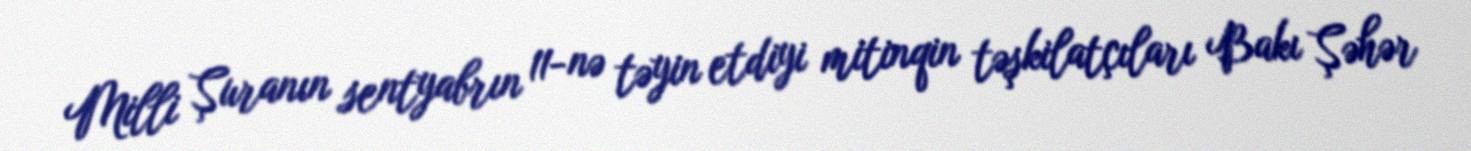
Milli Şuranın sentyabrın 11-nə təyin etdiyi mitinqin təşkilatçıları Bakı Şəhər